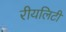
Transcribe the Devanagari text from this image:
रीयलिटी